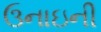
ઉનાઇની